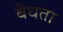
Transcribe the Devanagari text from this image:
बैधता